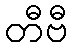
တီဗီ